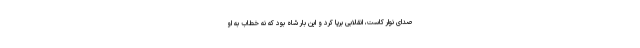
صدای نوار کاست، انقلابی برپا کرد و این بار شاه بود که نه خطاب به او